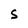
Character: S